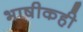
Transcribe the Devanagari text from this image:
भाषीकही